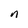
Character: n